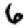
Digit: 6